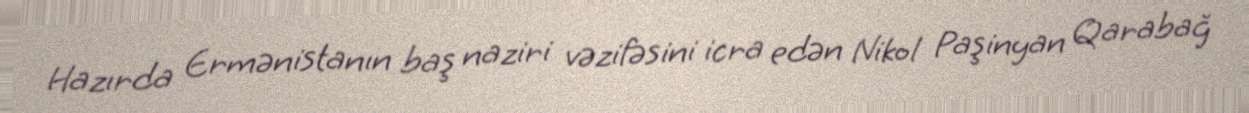
Hazırda Ermənistanın baş naziri vəzifəsini icra edən Nikol Paşinyan Qarabağ